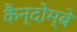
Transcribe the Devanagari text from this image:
कैन्दोम्बे